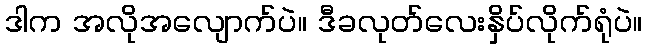
ဒါက အလိုအလျောက်ပဲ။ ဒီခလုတ်လေးနှိပ်လိုက်ရုံပဲ။